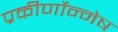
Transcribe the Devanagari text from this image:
प्रकीर्णोन्मेष